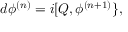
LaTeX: d \phi ^ { ( n ) } = i [ Q , \phi ^ { ( n + 1 ) } \} ,